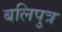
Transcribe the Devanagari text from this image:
बलिपुत्र